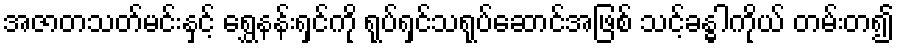
အဇာတသတ်မင်းနှင့် ရွှေနန်းရှင်ကို ရုပ်ရှင်သရုပ်ဆောင်အဖြစ် သင့်ခန္ဓါကိုယ် တမ်းတ၍